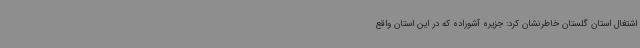
اشتغال استان گلستان خاطرنشان کرد: جزیره آشوراده که در این استان واقع